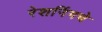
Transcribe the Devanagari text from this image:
रेशनिंगचे